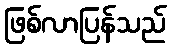
ဖြစ်လာပြန်သည်